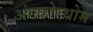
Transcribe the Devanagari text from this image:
अंगकोरथोम